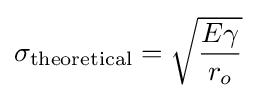
\sigma _{\mathrm {theoretical} }={\sqrt {\frac {E\gamma }{r_{o}}}}